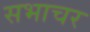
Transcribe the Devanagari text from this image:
सभाचर